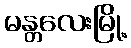
မန္တလေးမြို့